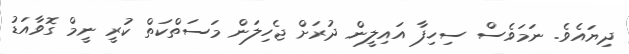
ދިޔައެވެ. ނަމަވެސް ސިހިފާ އައިލީން ދުރަށް ޖެހިލަން މަސަތްކަތް ކުރީ ނީމް ގޮވާއަޑު